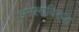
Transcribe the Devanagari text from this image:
अमलाविरुद्ध